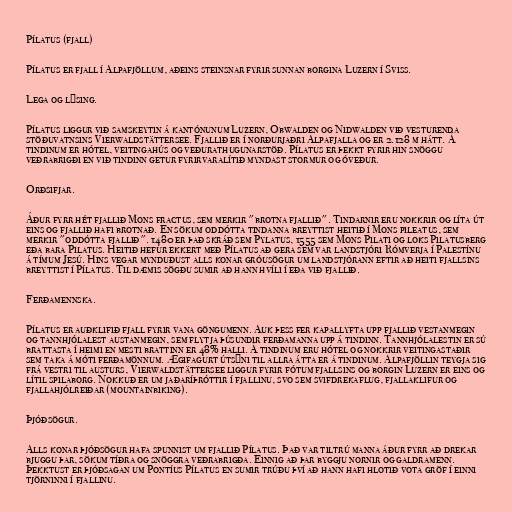
Pílatus (fjall)

Pílatus er fjall í Alpafjöllum, aðeins steinsnar fyrir sunnan borgina Luzern í Sviss.

Lega og lýsing.

Pílatus liggur við samskeytin á kantónunum Luzern, Obwalden og Nidwalden við vesturenda
stöðuvatnsins Vierwaldstättersee. Fjallið er í norðurjaðri Alpafjalla og er 2.128 m hátt. Á
tindinum er hótel, veitingahús og veðurathugunarstöð. Pílatus er þekkt fyrir hin snöggu
veðrabrigði en við tindinn getur fyrirvaralítið myndast stormur og óveður.

Orðsifjar.

Áður fyrr hét fjallið Mons fractus, sem merkir "brotna fjallið". Tindarnir eru nokkrir og líta út
eins og fjallið hafi brotnað. En sökum oddótta tindanna breyttist heitið í Mons pileatus, sem
merkir "oddótta fjallið". 1480 er það skráð sem Pylatus, 1555 sem Mons Pilati og loks Pilatusberg
eða bara Pilatus. Heitið hefur ekkert með Pílatus að gera sem var landstjóri Rómverja í Palestínu
á tímum Jesú. Hins vegar mynduðust alls konar gróusögur um landstjórann eftir að heiti fjallsins
breyttist í Pílatus. Til dæmis sögðu sumir að hann hvíli í eða við fjallið.

Ferðamennska.

Pílatus er auðklifið fjall fyrir vana göngumenn. Auk þess fer kapallyfta upp fjallið vestanmegin
og tannhjólalest austanmegin, sem flytja þúsundir ferðamanna upp á tindinn. Tannhjólalestin er sú
brattasta í heimi en mesti brattinn er 48% halli. Á tindinum eru hótel og nokkrir veitingastaðir
sem taka á móti ferðamönnum. Ægifagurt útsýni til allra átta er á tindinum. Alpafjöllin teygja sig
frá vestri til austurs, Vierwaldstättersee liggur fyrir fótum fjallsins og borgin Luzern er eins og
lítil spilaborg. Nokkuð er um jaðaríþróttir í fjallinu, svo sem svifdrekaflug, fjallaklifur og
fjallahjólreiðar (mountainbiking).

Þjóðsögur.

Alls konar þjóðsögur hafa spunnist um fjallið Pílatus. Það var tiltrú manna áður fyrr að drekar
bjuggu þar, sökum tíðra og snöggra veðrabrigða. Einnig að þar byggju nornir og galdramenn.
Þekktust er þjóðsagan um Pontíus Pílatus en sumir trúðu því að hann hafi hlotið vota gröf í einni
tjörninni í fjallinu.